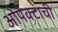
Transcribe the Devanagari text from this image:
ओपेक्टाची